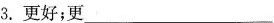
3.更好；更___